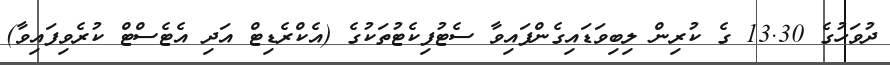
ދުވަހުގެ 13.30 ގެ ކުރިން ލިބިވަޑައިގެންފައިވާ ސެޓުފިކެޓުތަކުގެ (އެކްރެޑިޓް އަދި އެޓެސްޓް ކުރެވިފައިވާ)